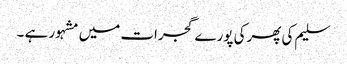
سلیم کی پھرکی پورے گجرات میں مشہور ہے ۔